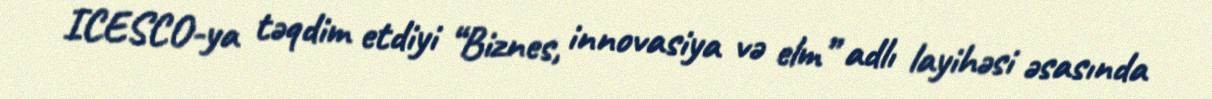
ICESCO-ya təqdim etdiyi “Biznes, innovasiya və elm” adlı layihəsi əsasında